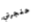
حنجرتي